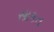
સાકત